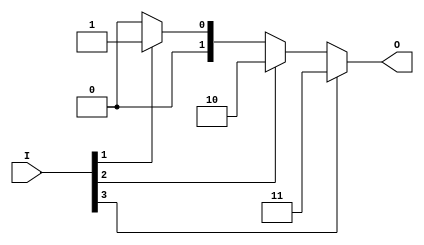
module simple_encoder(
    input wire [3:0] I,     // 4 input lines
    output reg [1:0] O      // 2 output lines
);

always @(*) begin
    case (1'b1)
        I[3]: O = 2'b11; // If I[3] is active
        I[2]: O = 2'b10; // If I[2] is active
        I[1]: O = 2'b01; // If I[1] is active
        I[0]: O = 2'b00; // If I[0] is active
        default: O = 2'b00; // If no inputs are active
    endcase
end

endmodule